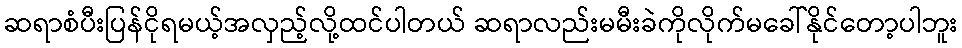
ဆရာစံပီးပြန်ငိုရမယ့်အလှည့်လို့ထင်ပါတယ် ဆရာလည်းမမီးခဲကိုလိုက်မခေါ်နိုင်တော့ပါဘူး